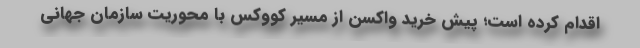
اقدام کرده است؛ پیش خرید واکسن از مسیر کووکس با محوریت سازمان جهانی